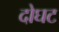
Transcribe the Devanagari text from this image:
दोघट